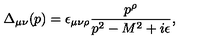
\Delta _ { \mu \nu } ( p ) = \epsilon _ { \mu \nu \rho } \frac { p ^ { \rho } } { p ^ { 2 } - M ^ { 2 } + i \epsilon } ,